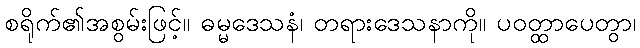
စရိုက်၏အစွမ်းဖြင့်။ ဓမ္မဒေသနံ၊ တရားဒေသနာကို။ ပဝတ္ထာပေတွာ၊